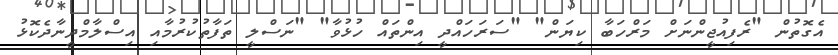
އެގޮތުން "ރެފިއުޖީންނަށް މަރްހަބާ ކިޔަން" "ސަރަހައްދީ އިންތައް ހުޅުވާ" "ނަސްލީ ތަފާތުކުރުމާއި އިސްލާމްދީނާދެކޮޅު